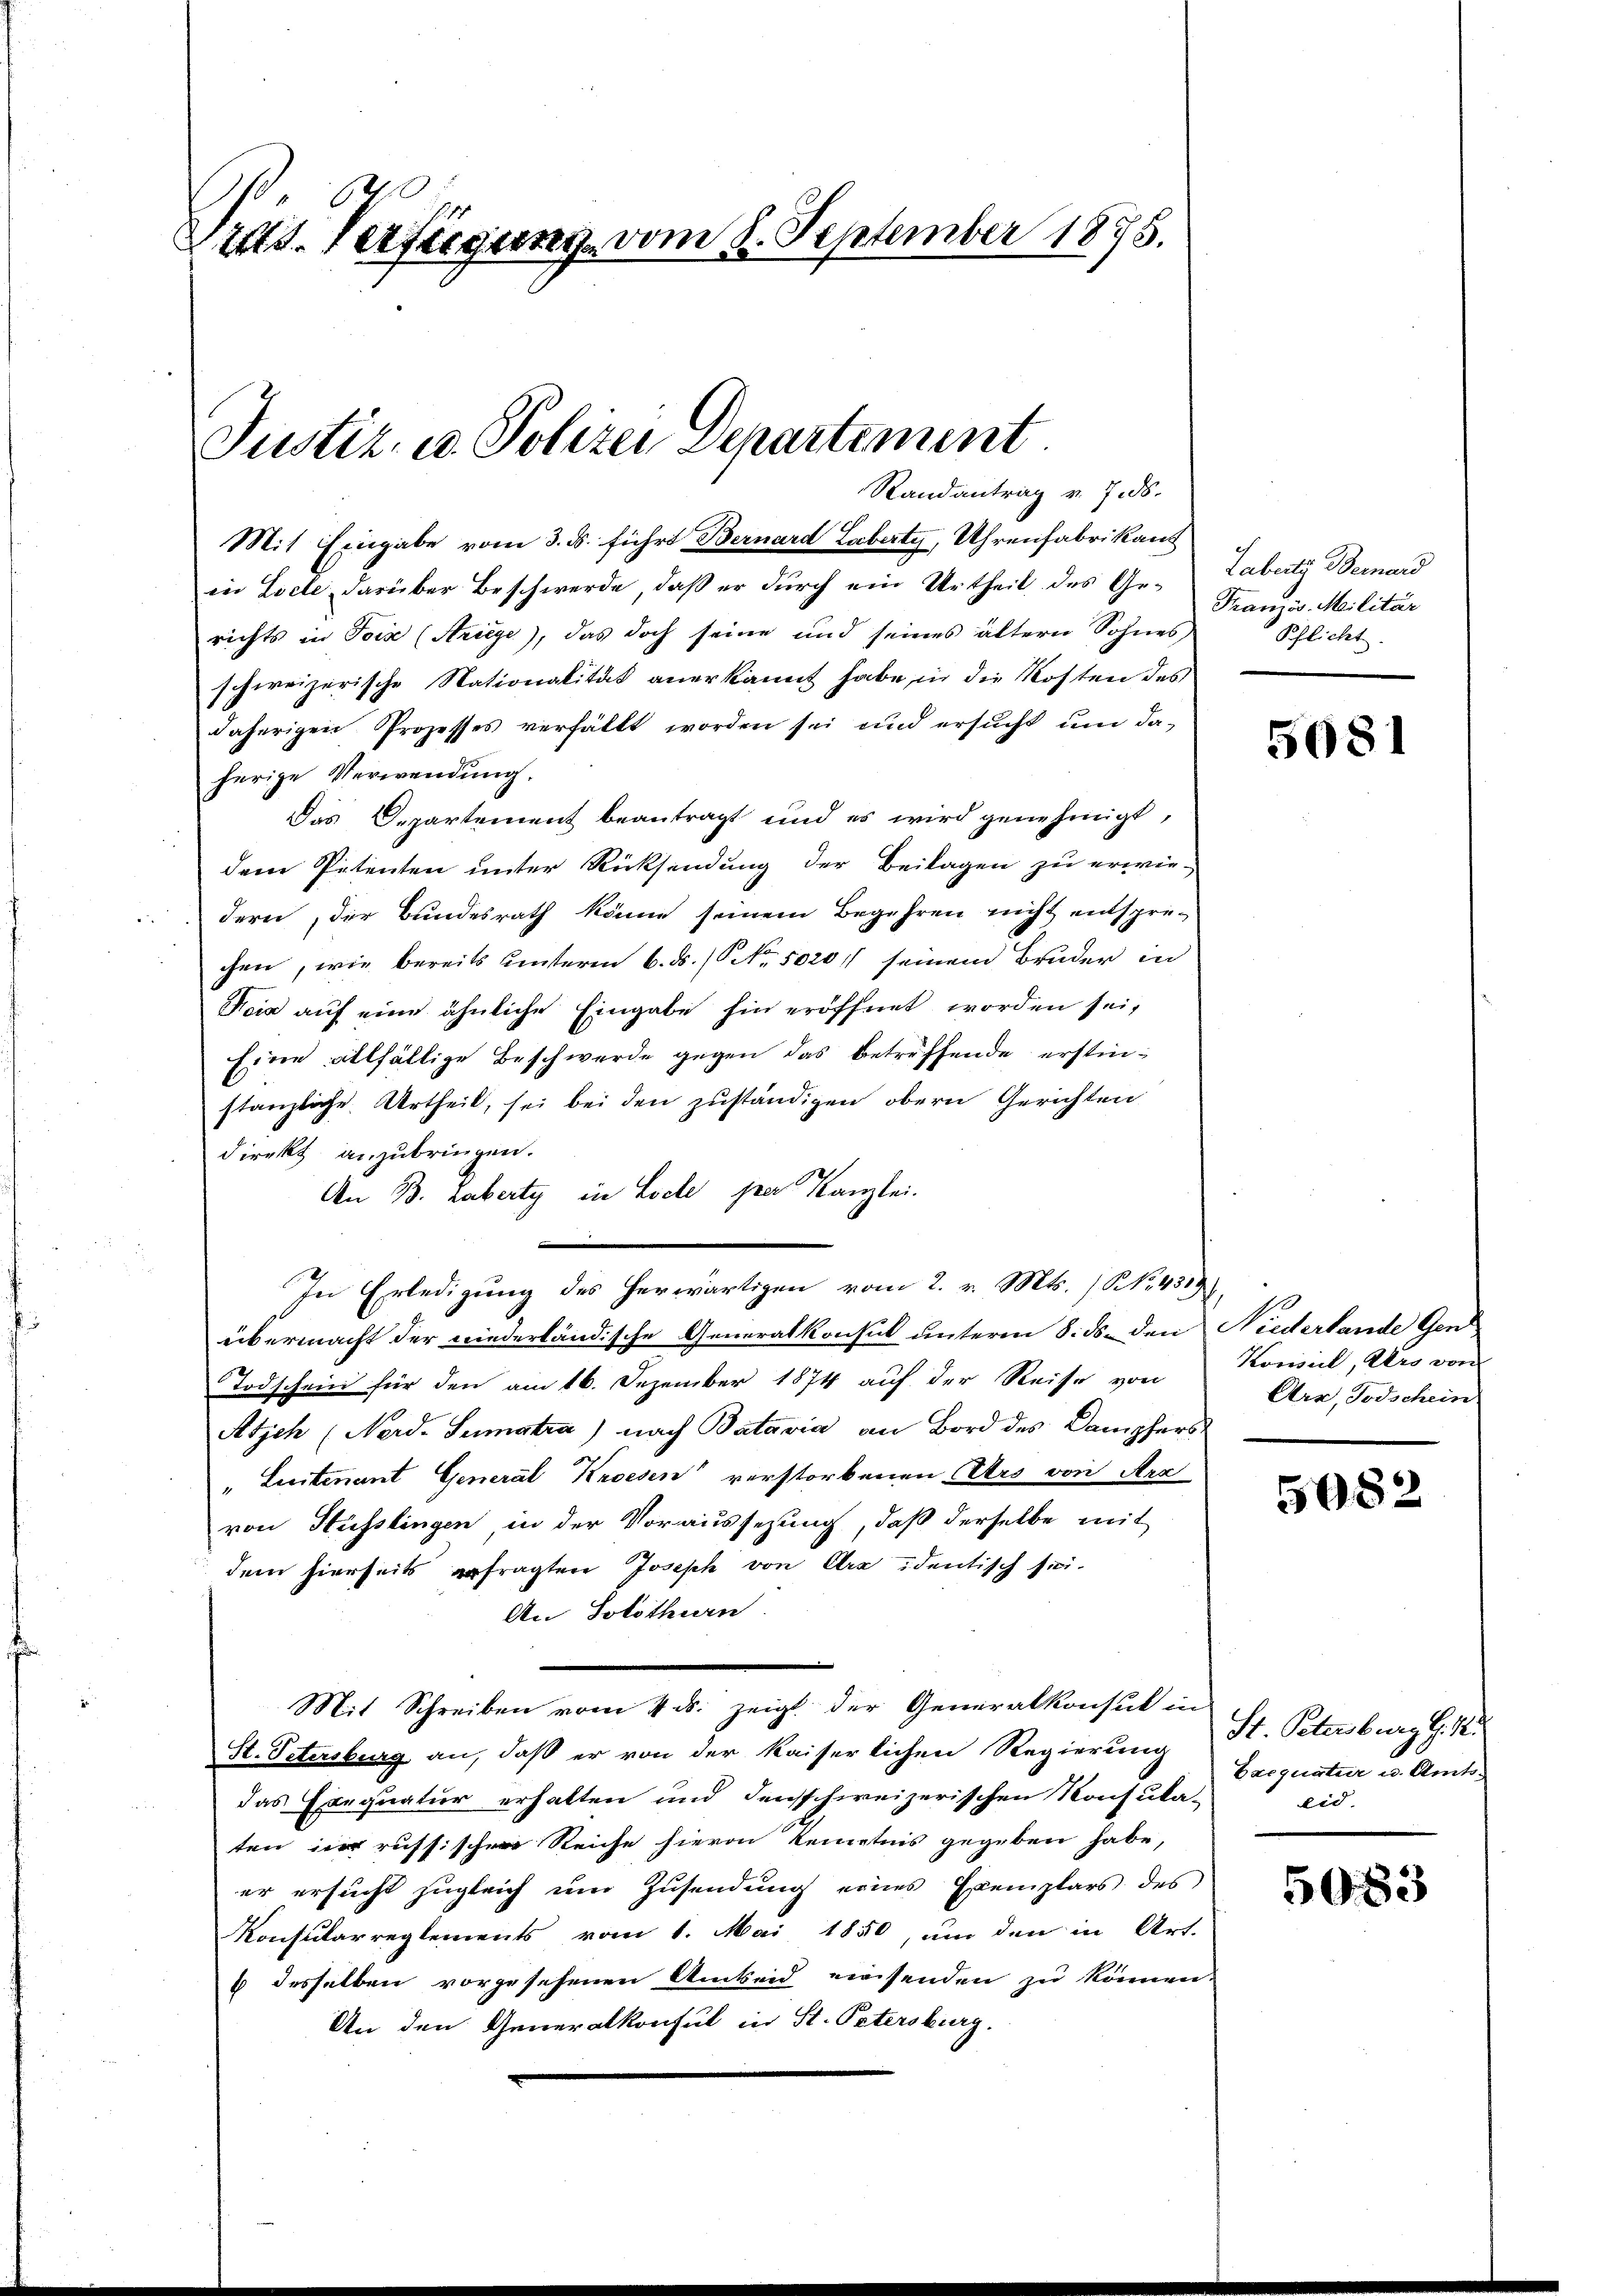
6
240. Verfügung vom 8. September 1875.

Justiz- u. Polizei Departement
Randantrag v. 7. ds.

Mit Eingabe vom 3. ds. führt Bernard Laberty, Uhrenfabrikant
in Locle darüber Beschwerde, daß er durch ein Urtheil des Gerichts in Pois (Striege), das doch seine und seines ältern Sohnes,
schweizerische Nationalität anerkannt habe in die Kosten des
daherigen Prozesses verfällt worden sei und ersucht um daherige Verwendung.
Das Departement beantragt und es wird genehmigt,
dem Petenten unter Rücksendung der Beilagen zu erwiedern, der Bundesrath könne seinem Begehren nicht entsprechen, wie bereits unterm 6. ds. (NNo. 5020// seinem Bruder in
Koia auf eine ähnliche Eingabe hin eröffnet worden sei,
Eine allfällige Beschwerde gegen das betreffende erstinstanzliche Urtheil, sei bei den zuständigen obern Gerichten
direkt anzubringen.
An B. Laberty in Lode per Kanzlei.
In Erledigung des herwärtigen vom 2. v. Mts. (NNo. 451
übermacht der niederländische Generalkonsul unterm 8. ds. den Niederlande Gen
Todschein für den am 16. Dezember 1874 auf der Reise von
Atsch (Nerd-Senatra) nach Bataria an Bord des Dampfers
" Licitenant General Kroesen verstorbenen Ars von Ara
von Hüsslingen in der Voraussezung, daß derselbe mit
dem hierseits erfragten Joseph von Arx identisch sei-
An Solothurn.
Mit Schreiben vom 4. ds. zeigt der Generalkonsul in
St. Petersburg an, daß er von der kaiserlichen Regierung
das Exequatur erhalten und denschweizerischen Konsula-
ten in russische Reiche hievon Kenntnis gegeben habe,
er ersucht zugleich um Zusendung eines Exemplars des
Konsularreglements vom 1. Mai 1850, um den in Art.
6 desselben vorgesehenen Ambeid einsenden zu können.
An den Generalkonsul in St. Petersburg.

Labeitz Bernard
Französ. Militär
Pflicht.

5081

Konsil, Vers von
Ara, Todschein

5082

St. Petersburg G. B.
Baequatur u. Amtseid.

5083